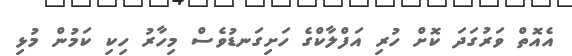
އެއޮތް ވަރުގަދަ ކޮށް ހުރި އަފްލާކްގެ ހަށިގަނޑުވެސް މިހާރު ހިކި ކަމުން މުޅި